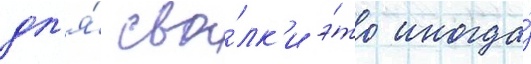
дл'я́ сва́лк'и э́то иногда́